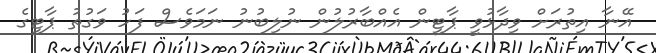
އޭނާ އިތުރަށް ވިދާޅުވީ ޕާޓީން އެއްބާރުލުން ނުލިބުނު ނަމަވެސް ފަހު ވަގުތު ޕާޓީގެ